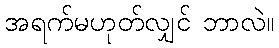
အရက်မဟုတ်လျှင် ဘာလဲ။